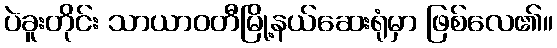
ပဲခူးတိုင်း သာယာဝတီမြို့နယ်ဆေးရုံမှာ ဖြစ်လေ၏။